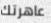
عاهرتك